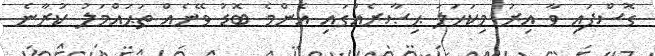
ގޮސްފައި ވާ އިރު މިކަހަލަ ޙިޞާރެއްގައި އެންމެ ބޮޑު ވޭނެއް ތަޙައްމަލު ކުރާނެ